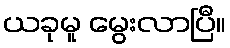
ယခုမူ မွေးလာပြီ။